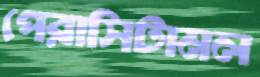
পেরাসিটামল